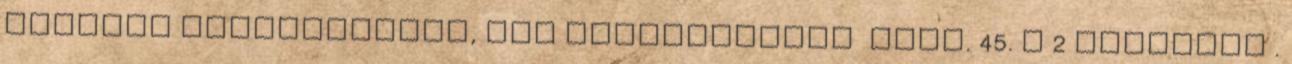
panaszt benyújtották, nem alkalmazható Abtv. 45. § 2 bekezdés .